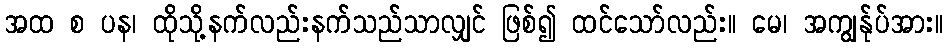
အထ စ ပန၊ ထိုသို့နက်လည်းနက်သည်သာလျှင် ဖြစ်၍ ထင်သော်လည်း။ မေ၊ အကျွန်ုပ်အား။